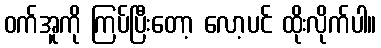
ဝက်အူကို ကြပ်ပြီးတော့ လော့ပင် ထိုးလိုက်ပါ။